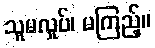
သူမလှုပ်၊ မကြည့်။